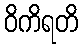
ဝိကိရတိ